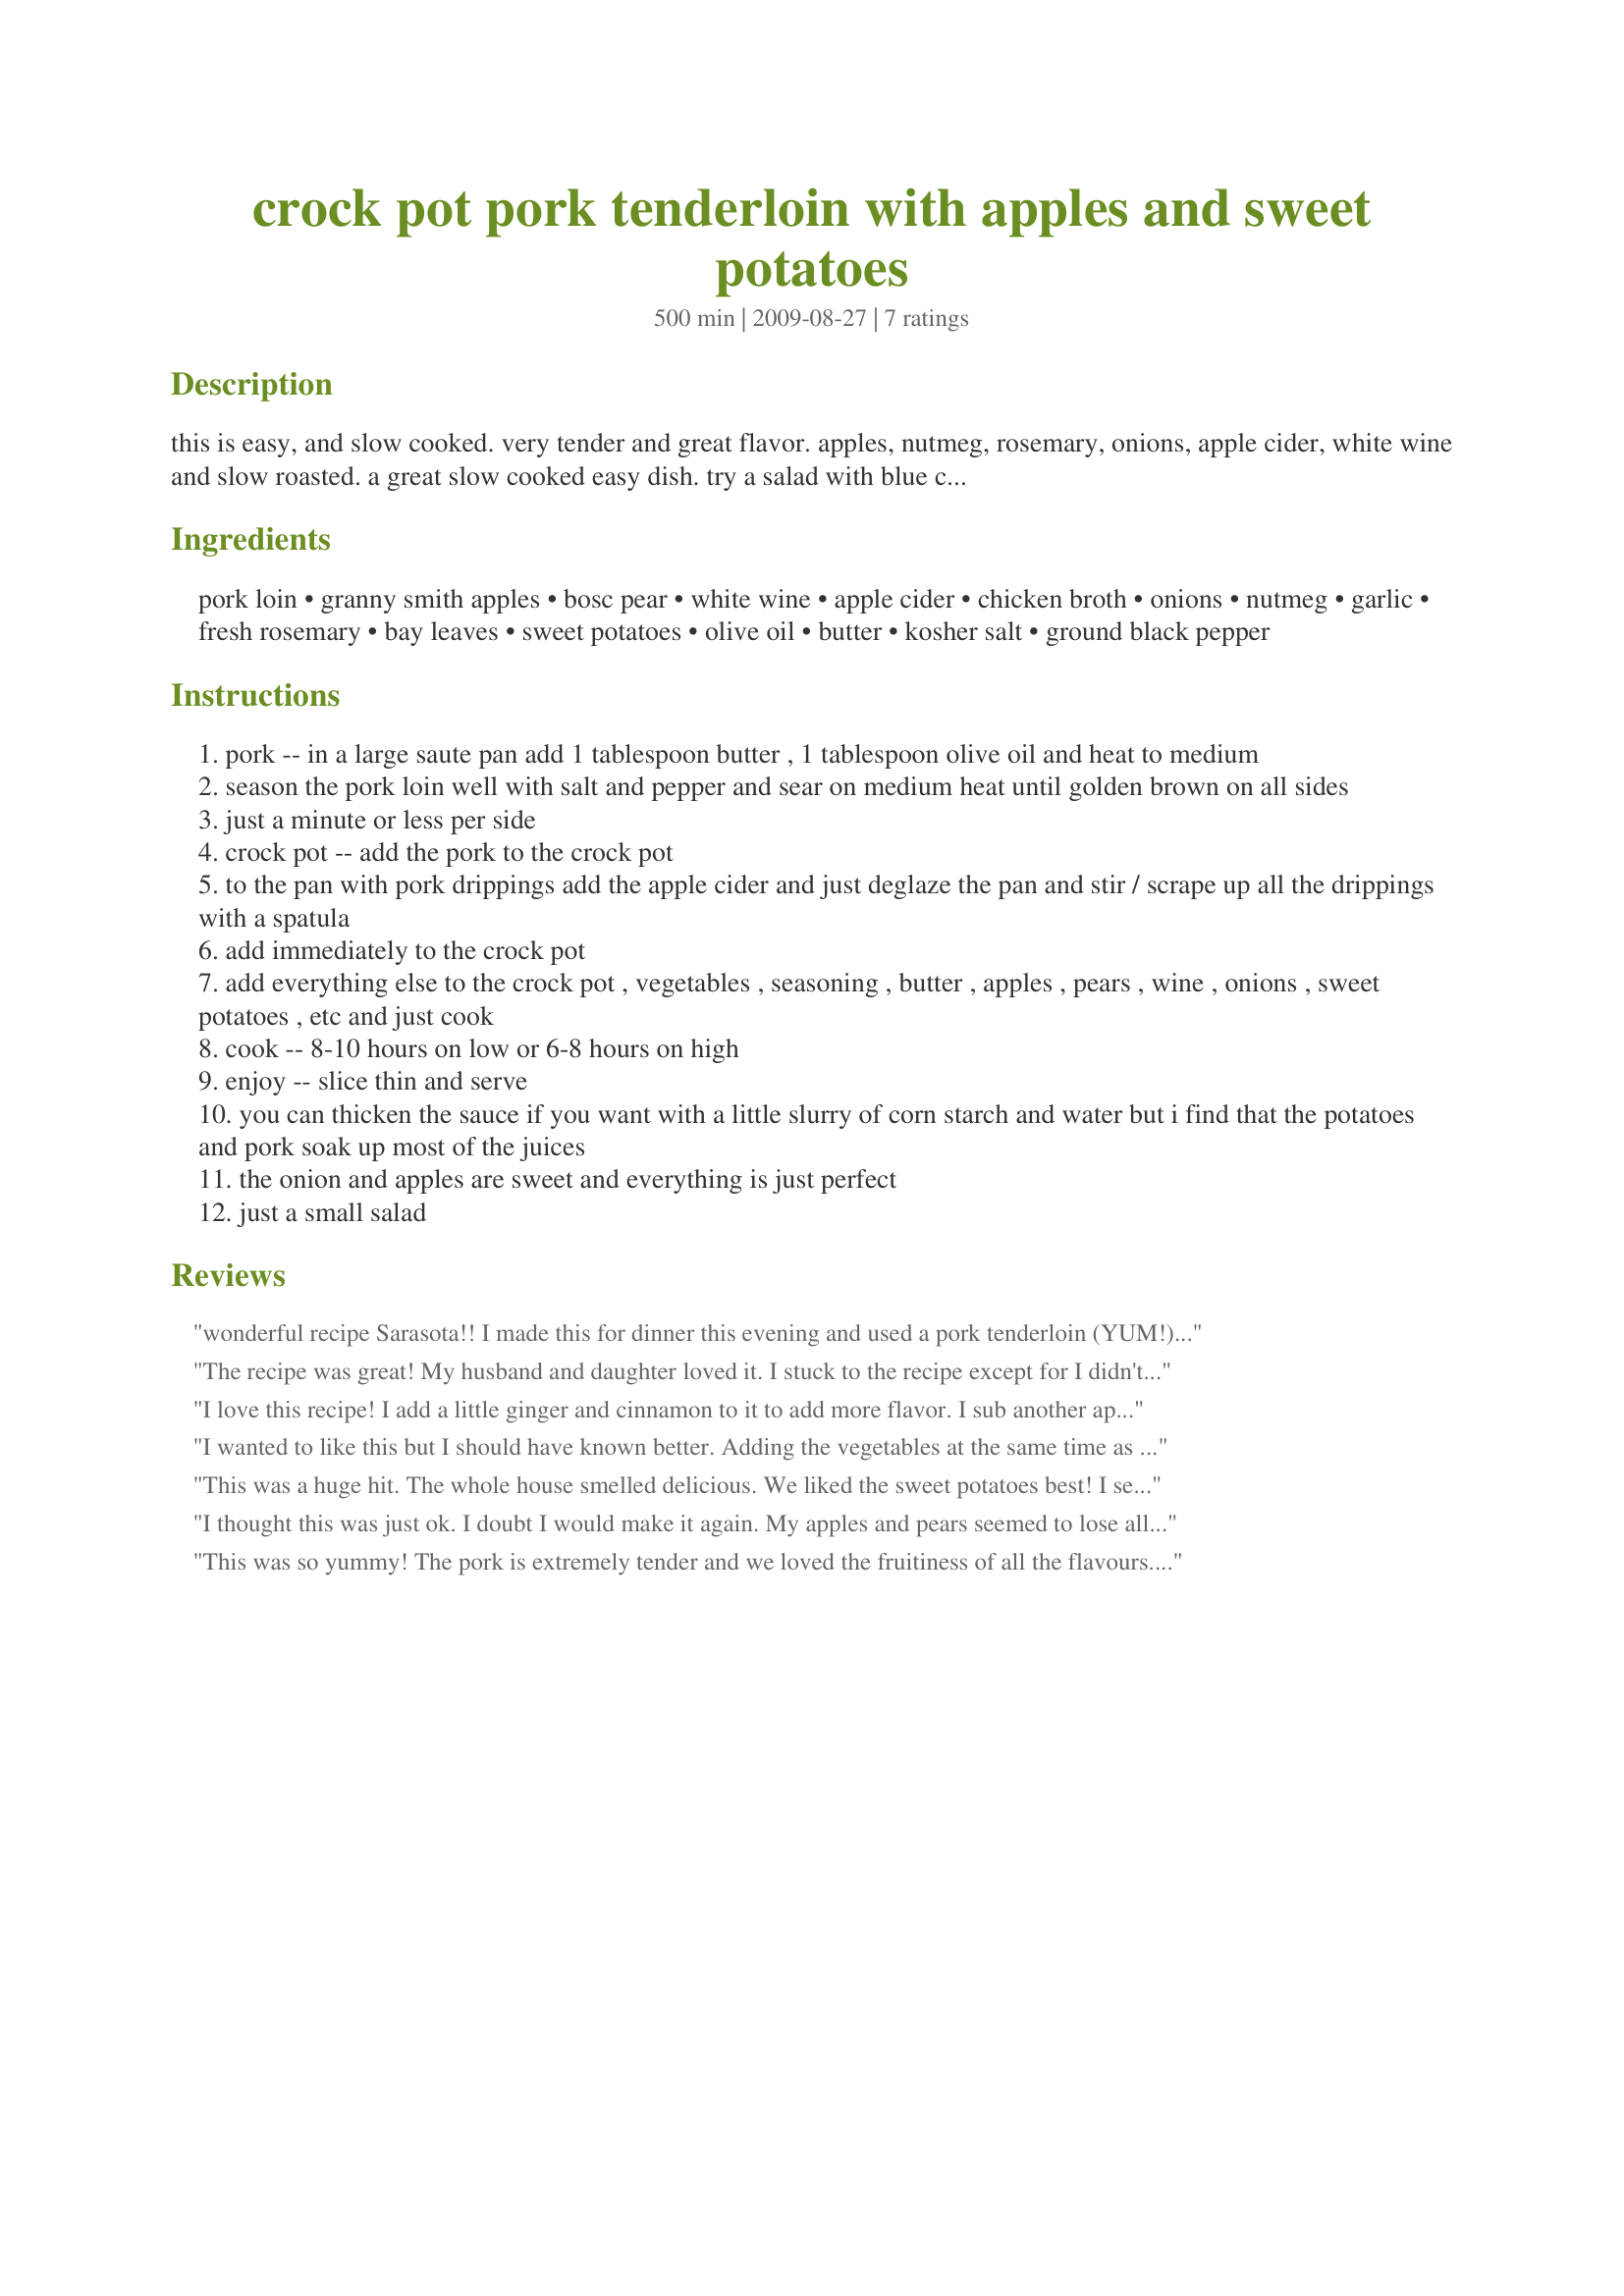
crock pot pork tenderloin with apples and sweet potatoes
Preparation time: 500 minutes

this is easy, and slow cooked. very tender and great flavor. apples, nutmeg, rosemary, onions, apple cider, white wine and slow roasted. a great slow cooked easy dish.

try a salad with blue cheese dressing and some fresh rosemary beer bread and you have the perfect fall sunday football meal!! i make this all the times for my pool gang.

i play pool 1-2 times per week with 5 guys (the girlfriends too) and i usually cook. this is one of the meals for our sunday night games. it cooks all day while you do other things. you don't lift a finger other than the last hour when i make my beer bread (1 pan wonder) and make a salad).

please give it a try!

Ingredients:
pork loin, granny smith apples, bosc pear, white wine, apple cider, chicken broth, onions, nutmeg, garlic, fresh rosemary, bay leaves, sweet potatoes, olive oil, butter, kosher salt, ground black pepper

Steps:
pork -- in a large saute pan add 1 tablespoon butter , 1 tablespoon olive oil and heat to medium
season the pork loin well with salt and pepper and sear on medium heat until golden brown on all sides
just a minute or less per side
crock pot -- add the pork to the crock pot
to the pan with pork drippings add the apple cider and just deglaze the pan and stir / scrape up all the drippings with a spatula
add immediately to the crock pot
add everything else to the crock pot , vegetables , seasoning , butter , apples , pears , wine , onions , sweet potatoes , etc and just cook
cook -- 8-10 hours on low or 6-8 hours on high
enjoy -- slice thin and serve
you can thicken the sauce if you want with a little slurry of corn starch and water but i find that the potatoes and pork soak up most of the juices
the onion and apples are sweet and everything is just perfect
just a small salad

Reviews:
wonderful recipe Sarasota!! I made this for dinner this evening and used a pork tenderloin (YUM!) I also added parsnips to the crockpot..what a wonderful dish this is..thanks much for sharing!
The recipe was great! My husband and daughter loved it. I stuck to the recipe except for I didn't have any apple cider so I just used apple juice. The recipe says not to use apple juice but it still came out fine. Definitely going to make this again.
I love this recipe! I add a little ginger and cinnamon to it to add more flavor. I sub another apple for the pear. I also just use olive oil for sauteing the pork. I use pork loin instead sliced into boneless chops or pork steaks depending on availability and cost. I am not sure about other complaints on the mushiness. Cut into bite size chunks and don't stir. Just let it sit and cook. The pear was the only thing that got mushy my first time and I just subbed an apple. If you want to make this more exciting and have leftovers, chop it all up and add some chipotle in adobo sauce (take out the seeds!) and make smoky spicy tacos!
I wanted to like this but I should have known better. Adding the vegetables at the same time as the meat is a HUGE mistake. By the time I served dinner, the apples had turned to applesauce, and the sweet potatoes had turned to mashed potatoes. The veggies were one big goopy mess. The presentation was gross, and resembled pureed meals served at nursing homes to toothless senior citizens. The meat had a great flavor. The tart apples actually infused excellent flavor to the pork. Next time, I will wait and add the veggies 3 hours before serving.
This was a huge hit. The whole house smelled delicious. We liked the sweet potatoes best! I served it with rice pilaf, but I think just a salad and a crusty bread would be great too. Thanks!
I thought this was just ok. I doubt I would make it again. My apples and pears seemed to lose all of their flavor and texture after cooking so long and roast seemed a bit dry even though it was soaking in liquid. Not bad and the kids actually ate it. Just not quite what I had in mind. Sauce was nice over brown rice.
This was so yummy! The pork is extremely tender and we loved the fruitiness of all the flavours. The pear was also wonderful addition. We couldn't find apple cider, I think because it's July... So we used 100% freshly pressed apple juice and this seemed to work out perfectly fine for us. Some crusty bread as suggested would be delicious with this as well I think. Thanks for posting!!
